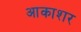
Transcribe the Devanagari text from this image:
आकाशर